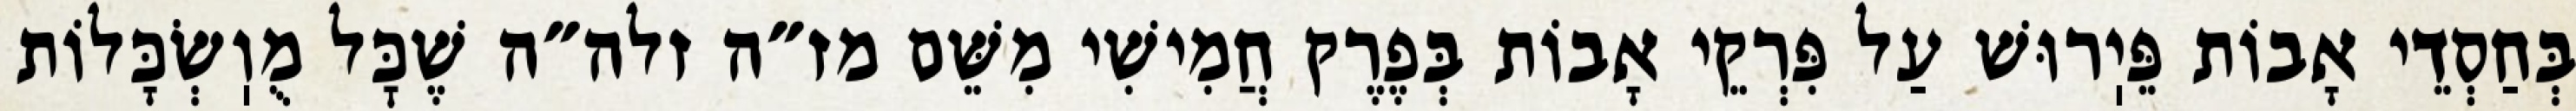
בְּחַסְדֵי אָבוֹת פֵּיֽרוּשׁ עַל פִּרְקֵי אָבוֹת בְּפֶרֶק חֲמִישִׁי מִשֵּׁם מז״ה זלה״ה שֶׁכׇּל מֻוֽשְׂכָּלוֹת